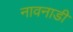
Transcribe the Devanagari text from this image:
नावनाडी